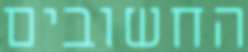
החשובים